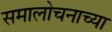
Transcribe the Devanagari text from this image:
समालोचनाच्या